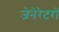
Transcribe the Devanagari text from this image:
जेनेरेटरों